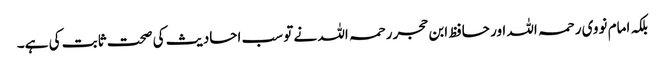
بلکہ امام نووی رحمہ اللہ اور حافظ ابن حجر رحمہ اللہ نے تو سب احادیث کی صحت ثابت کی ہے۔